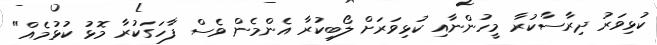
ކުޅިވަރު ދިރާސާކުރާ މީހުންނާއި ކުޅިވަރަށް ލޯބިކުރާ އެންމެން ވެސް ފާހަގަކުރާ މޮޅު ކުޅުމެއް"